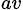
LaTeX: _{av}